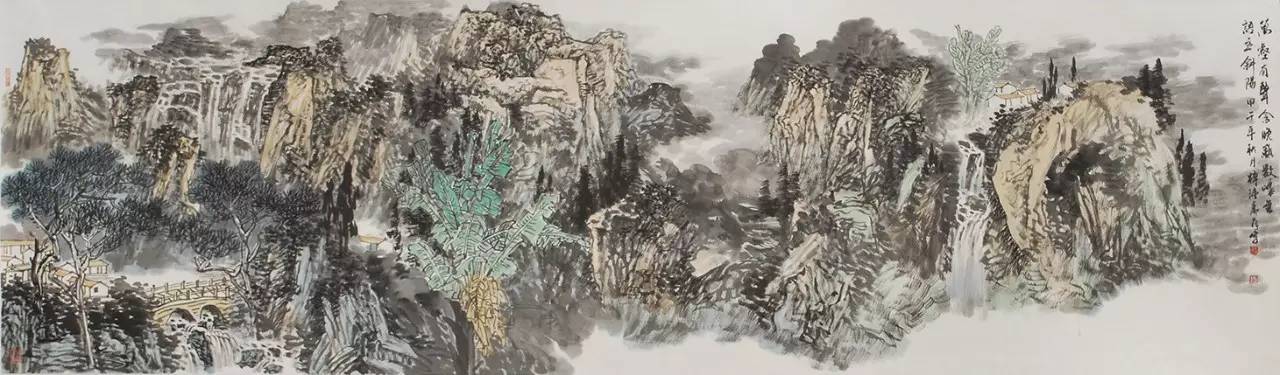
万壑有声含晚籁，数峰无语立斜阳。